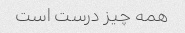
همه چیز درست است